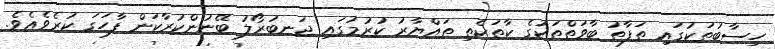
ހިސާބުތަކުގައި ތަފާތު ބާވަތްތަކުގެ ކާތަކެތި ތައްޔާރު ކުރުމުގައި ޖަނބުރޯލު ބޭނުންކުރާކަން ފާހަގަ ކުރެވެއެވެ.